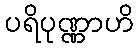
ပရိပုဏ္ဏာဟိ